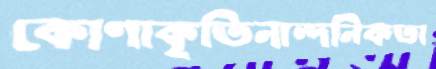
কোণাকৃতিনান্দনিকতা